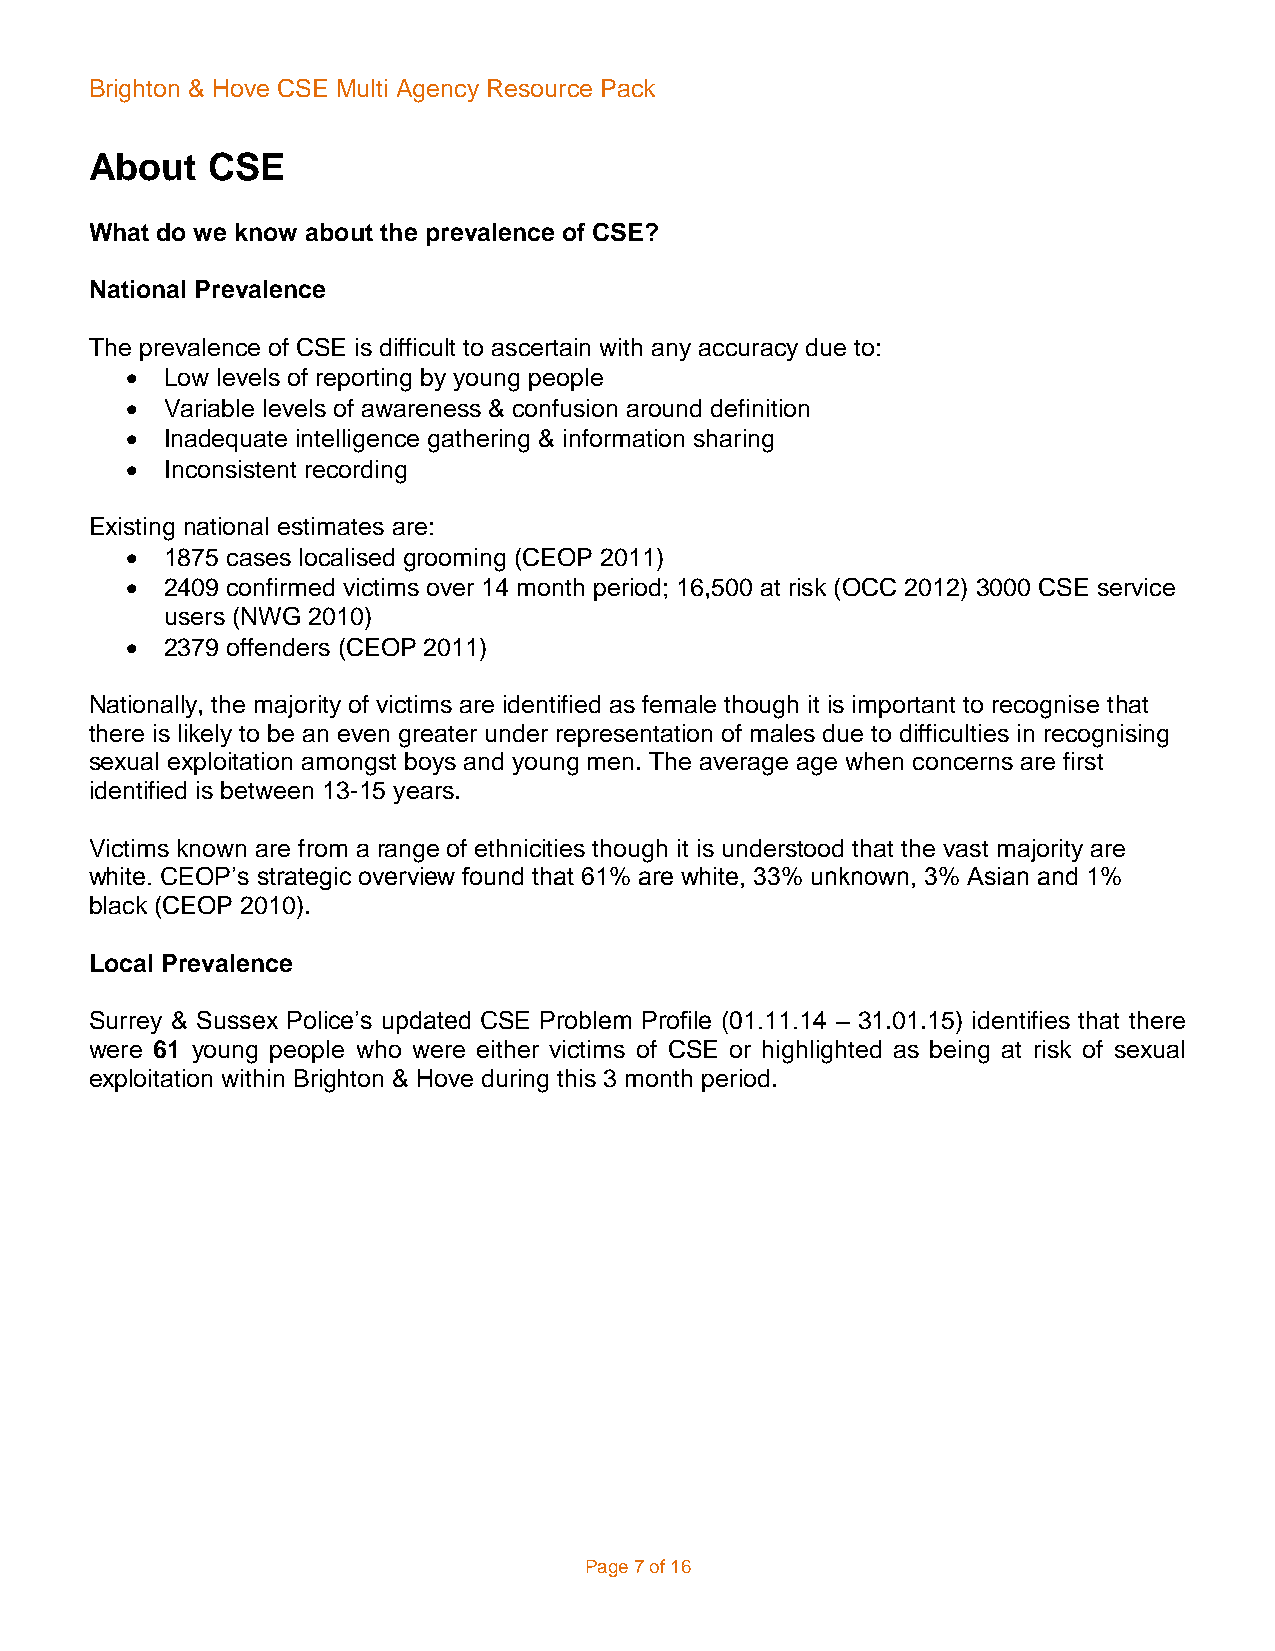
Brighton & Hove CSE Multi Agency Resource Pack
 About   CSE
 What do we know about the prevalence of CSE?
 National Prevalence
 The prevalence of CSE is difficult to ascertain with any accuracy due to:
   Low levels of reporting by young people
   Variable levels of awareness & confusion around definition
   Inadequate intelligence gathering & information sharing
   Inconsistent recording
 Existing national estimates are:
   1875 cases localised grooming (CEOP 2011)
   2409 confirmed victims over 14 month period; 16,500 at risk (OCC 2012) 3000 CSE service
 users (NWG 2010)
   2379 offenders (CEOP 2011)
 Nationally, the majority of victims are identified as female though it is important to recognise that
 there is likely to be an even greater under representation of males due to difficulties in recognising
 sexual exploitation amongst boys and young men. The average age when concerns are first
 identified is between 13-15 years.
 Victims known are from a range of ethnicities though it is understood that the vast majority are
 white. CEOP’s strategic overview found that 61% are white, 33% unknown, 3% Asian and 1%
 black (CEOP 2010).
 Local Prevalence
 Surrey & Sussex Police’s updated CSE Problem Profile (01.11.14 – 31.01.15) identifies that there
 were 61 young people who were either victims of CSE or highlighted as being at risk of sexual
 exploitation within Brighton & Hove during this 3 month period.
 Page 7 of 16